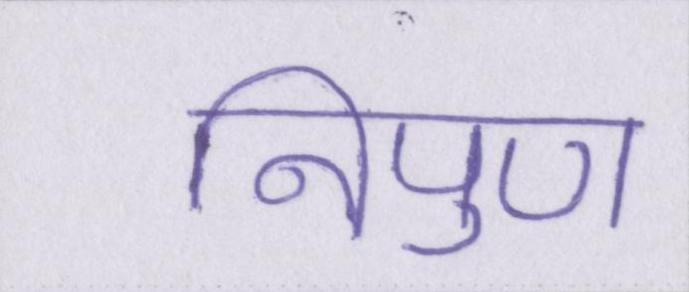
निपुण